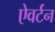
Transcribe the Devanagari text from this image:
ऐवर्टन